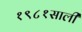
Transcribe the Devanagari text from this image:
१९८१साली